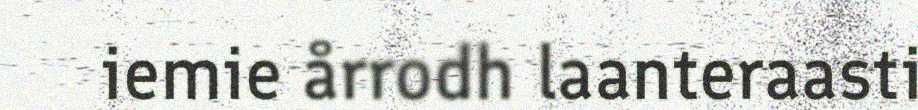
iemie årrodh laanteraasti